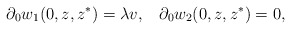
\begin{align*}\partial_{0} w_{1}(0,z,z^{*}) = \lambda v, \;\;\;\partial_{0} w_{2}(0,z,z^{*}) = 0,\end{align*}